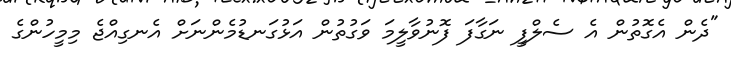
"ދެން އެގޮތުން އެ ސެލްފީ ނަގާފަ ފޮނުވާލީމަ ވަގުތުން އަޅުގަނޑުމެންނަށް އެނގިއްޖެ މިމީހުންގެ